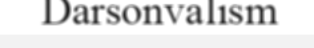
Darsonvalism